Statistics compiled by the Government of India from the reports of provincial Civil Veterinary Departments
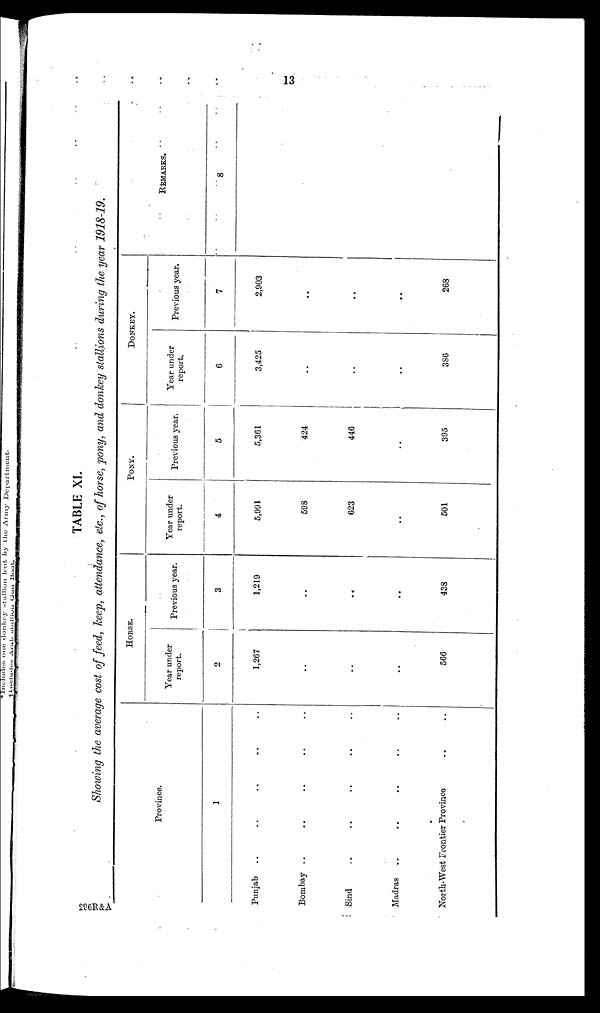
13
TABLE XI.
Showing the average cost of feed, keep, attendance, etc., of horse, pony, and donkey stallions during the year 1918-19.
Province.
1
Punjab ..
Bombay .. .. .. .. ..
Sind .. .. .. .. ..
Madras .. .. .. .. ..
North-West Frontier Province
..
..
HORSE.
Year under
report.
2
1,267
..
..
..
566
Previous year.
3
1,219
..
..
..
438
PONY.
Year under
report.
4
5,091
598
623
..
501
Previous year.
5
5,361
424
446
..
395
DONKEY.
Year under
report.
6
3,425
..
..
..
386
Previous year.
7
2,903
..
..
..
268
REMARKS.
8
296R&A